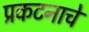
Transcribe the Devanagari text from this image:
प्रकटनाचे